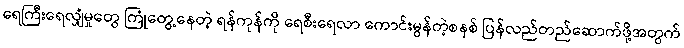
ရေကြီးရေလျှံမှုတွေ ကြုံတွေ့နေတဲ့ ရန်ကုန်ကို ရေစီးရေလာ ကောင်းမွန်တဲ့စနစ် ပြန်လည်တည်ဆောက်ဖို့အတွက်